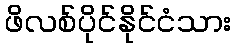
ဖိလစ်ပိုင်နိုင်ငံသား